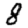
Digit: 8